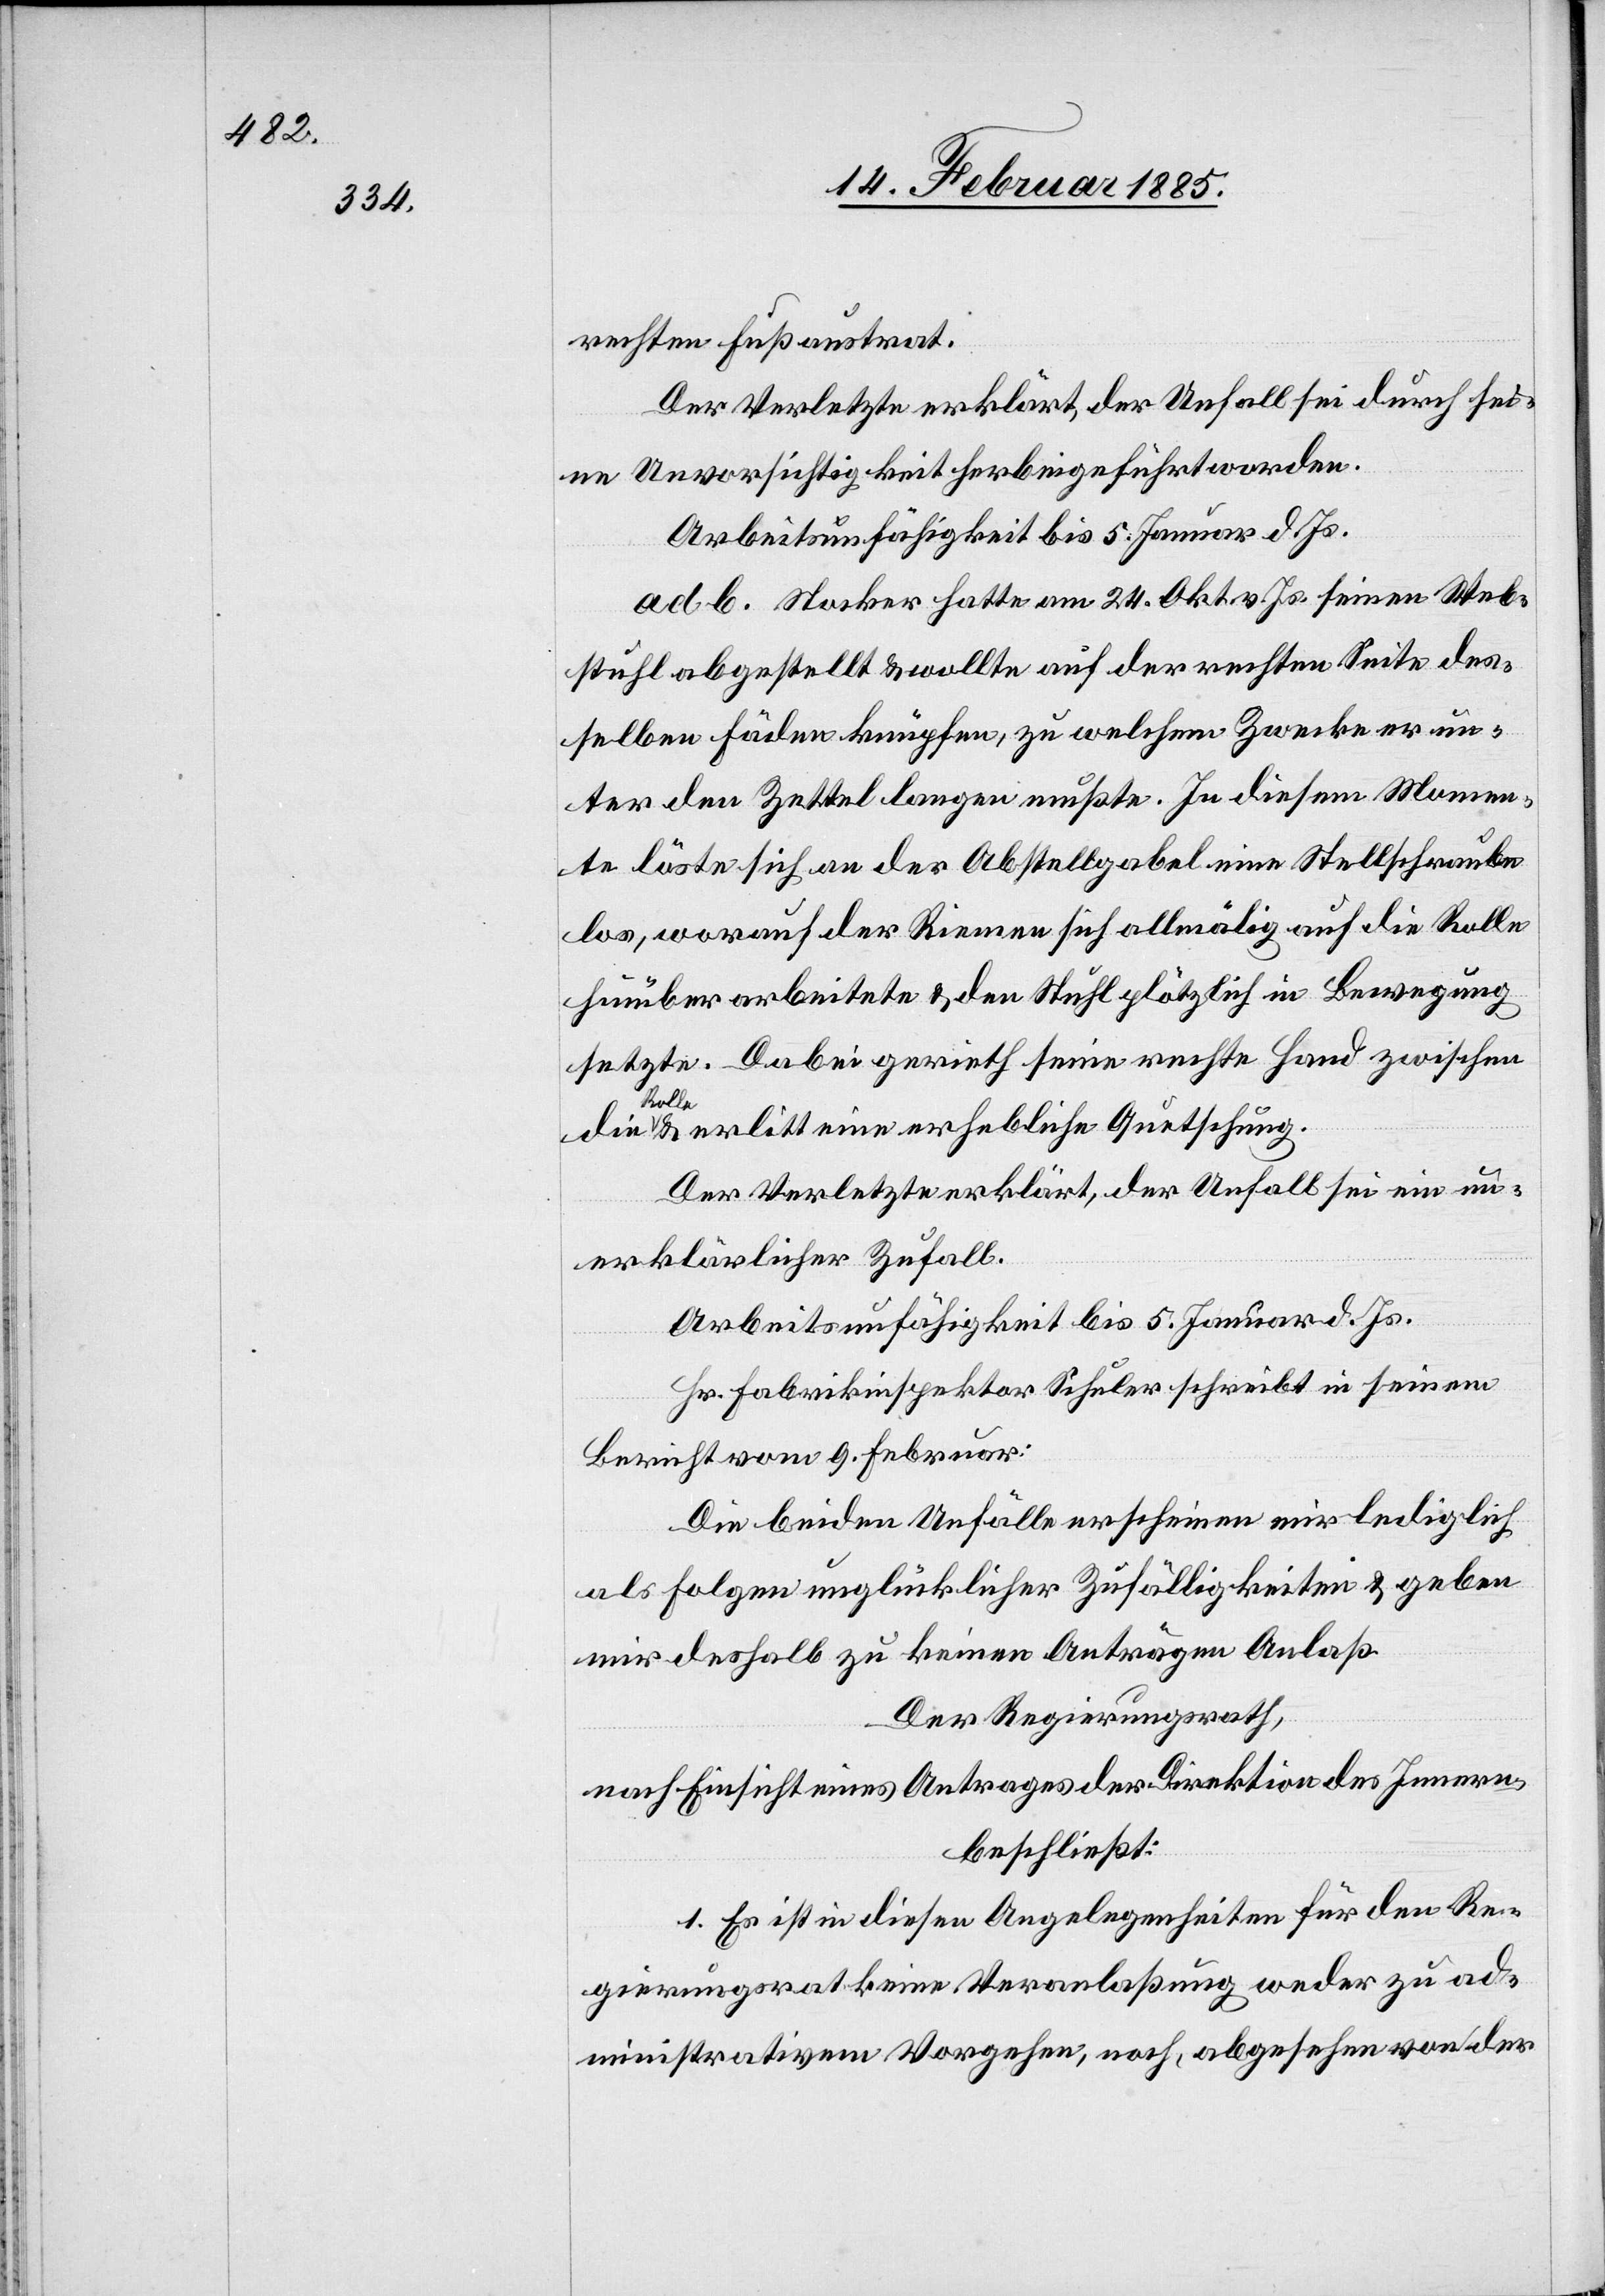
rechten Fuß austrat.
Der Verletzte erklärt, der Unfall sei durch sei¬
ne Unvorsichtigkeit herbeigeführt worden.
Arbeitsunfähigkeit bis 5. Januar d. Js.
ad. b. Stocker hatte am 24. Okt. v. Js. seinen Web¬
stuhl abgestellt & wollte auf der rechten Seite des¬
selben Fäden knüpfen, zu welchem Zwecke er un¬
ter den Zettel langen mußte. In diesem Momen¬
t löste sich an der Abstellgabel eine Stellschraube
los, worauf der Riemen sich allmälig auf die Rolle
hinüber arbeitete & den Stuhl plötzlich in Bewegung
setzte. Dabei gerieth seine rechte Hand zwischen
Roll¬
e & erlitt eine erhebliche Quetschung.
Der Verletzte erklärt, der Unfall sei ein un¬
erklärlicher Zufall.
Arbeitsunfähigkeit bis 5. Januar d. Js.
Hr. Fabrikinspektor Schuler schreibt in seinem
Bericht vom 9. Februar:
Die beiden Unfälle erscheinen mir lediglich
als Folgen unglücklicher Zufälligkeiten & geben
mir deshalb zu keinen Anträgen Anlaß.
Der Regierungsrath,
nach Einsicht eines Antrages der Direktion des Innern,
beschließt:
1. Es ist in diesen Angelegenheiten für den Re¬
gierungsrat keine Veranlaßung weder zu ad¬
ministrativem Vorgehen, noch, abgesehen von der